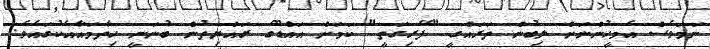
ނަމަވެސް އެމީހުންނަށް ލިބުން ތަރައްގީ "ފޭރިގަތީ" ކަމަށް އައްޑޫގެ ރައްޔިތުން ބުނަނީ ހިތާމައާއެކުގައެވެ.